NAE_EAOK_eestikeelsed_sunnimeetrikad, lk 86
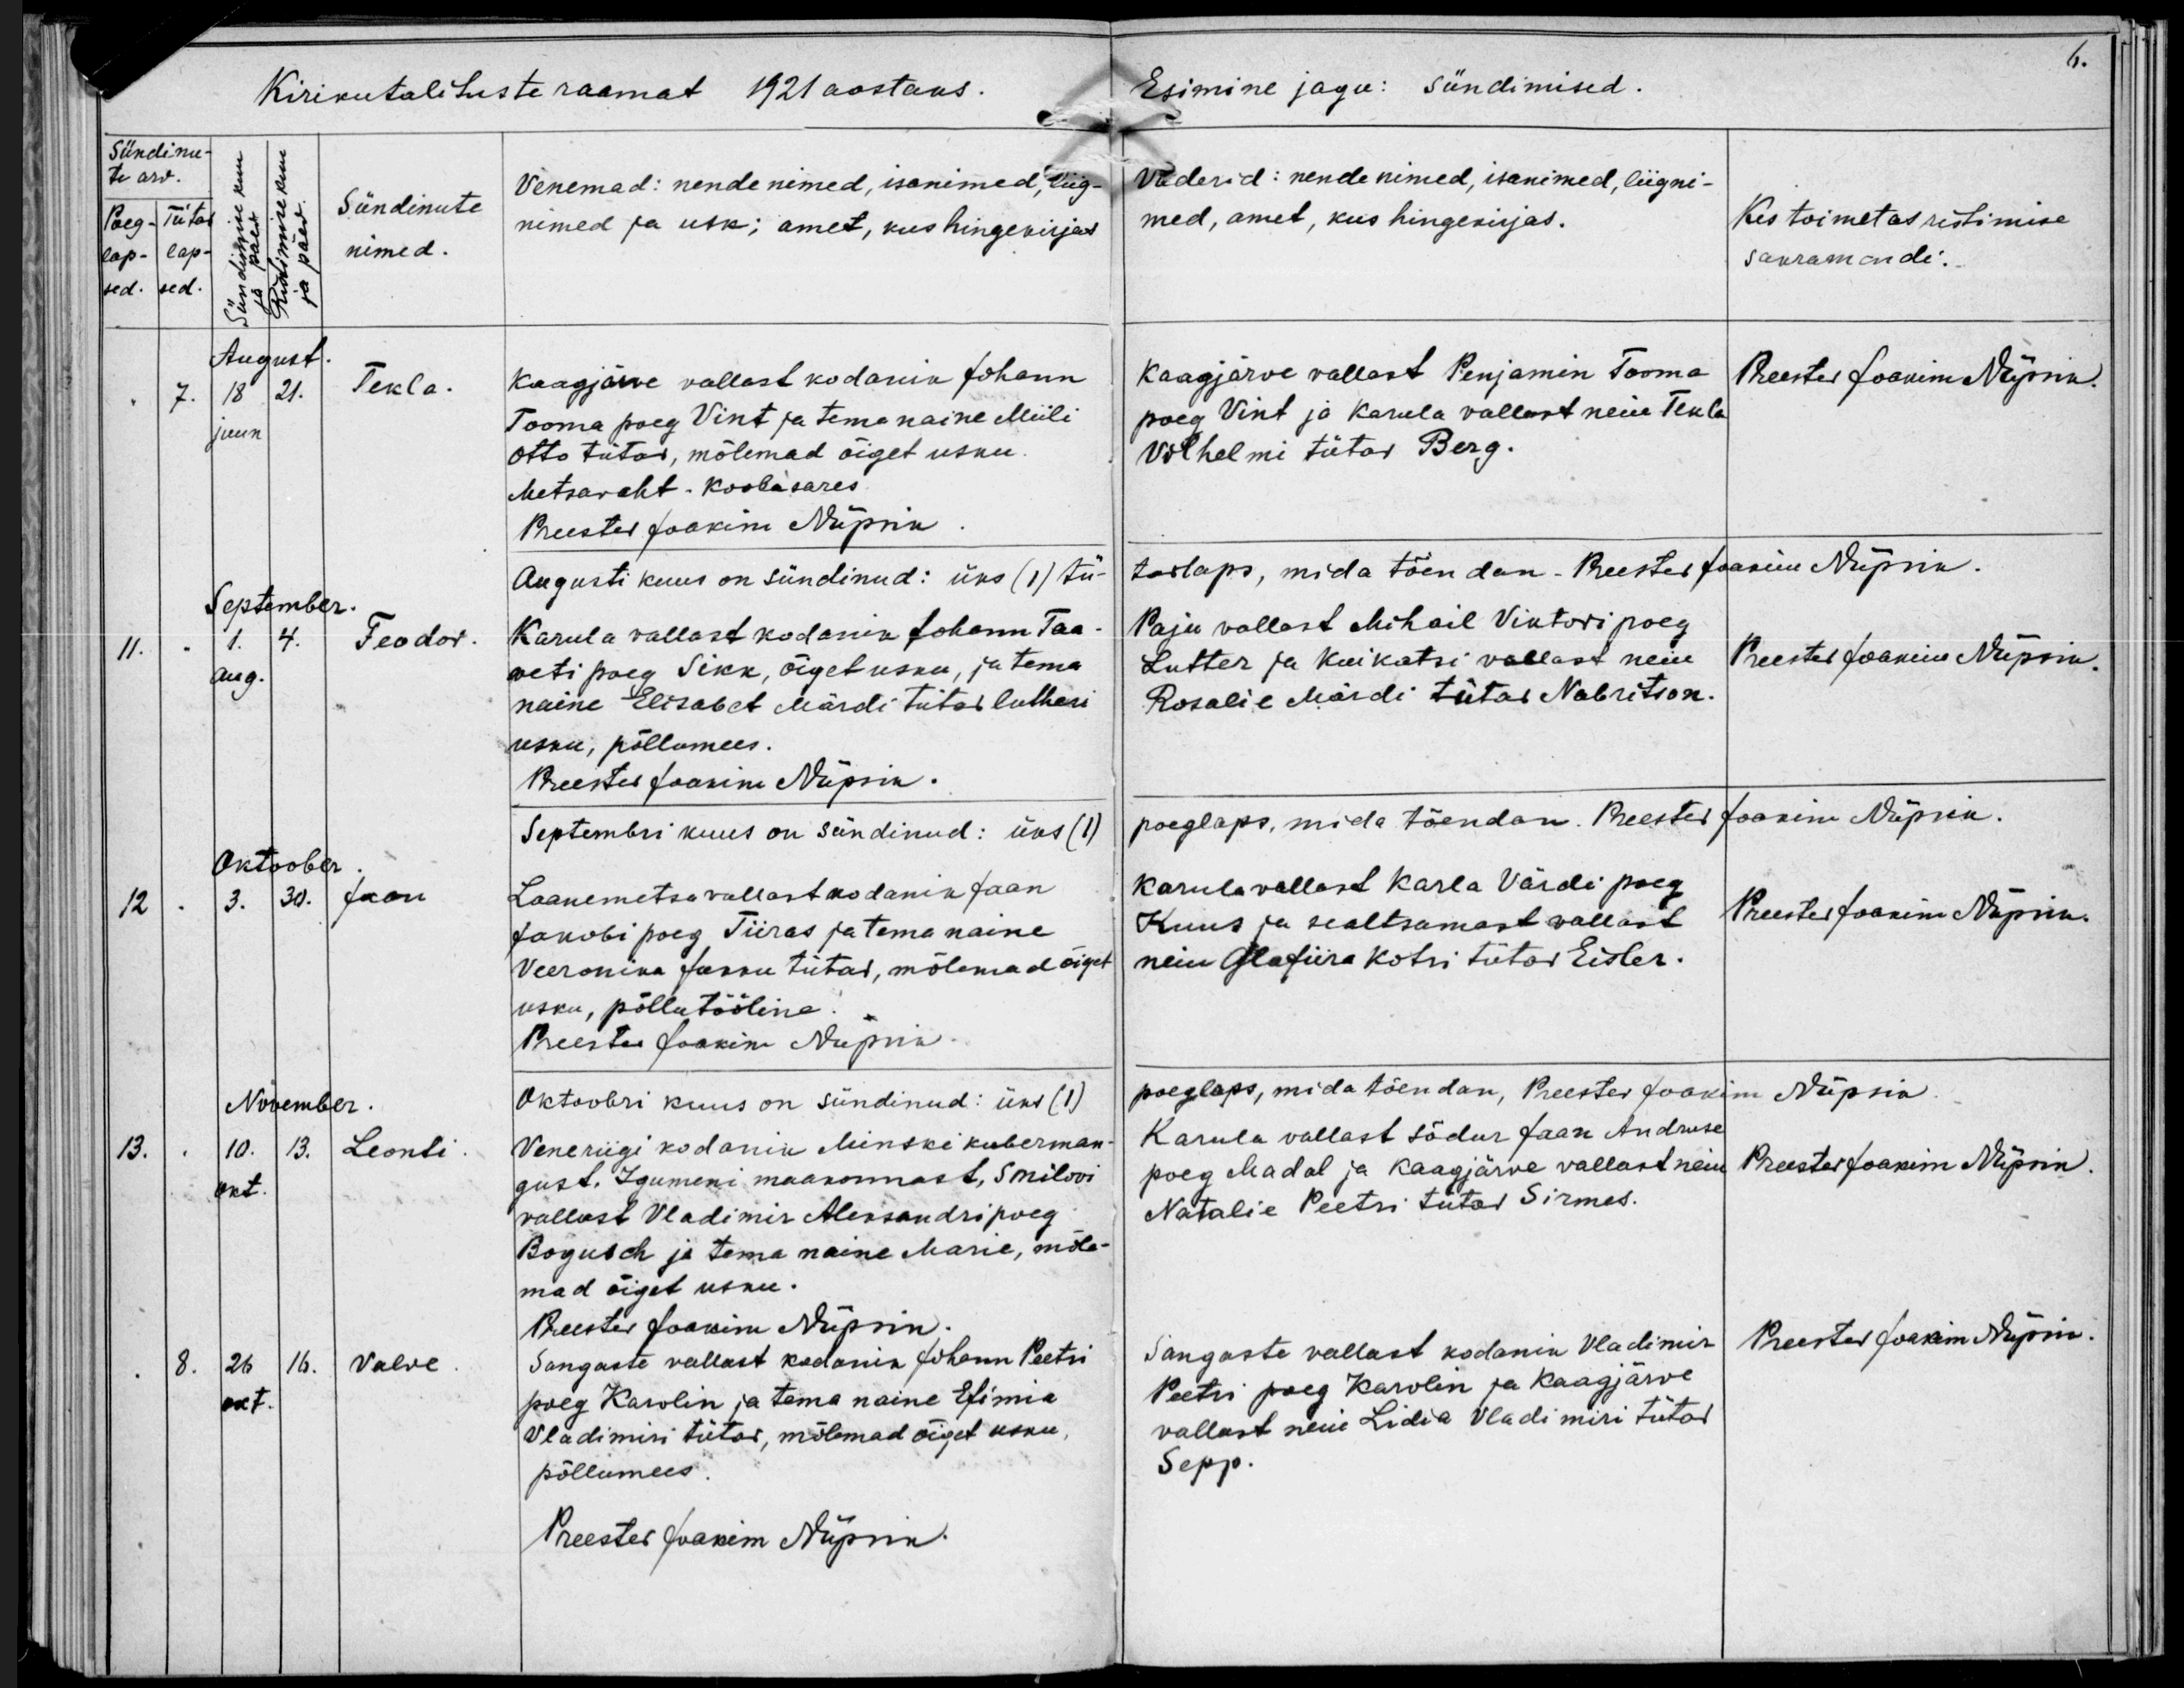
Tekla

Feodor

Jaan

Leondi

Valve

Kaagjärve vallast kodanik Johann
Tooma poeg Vint ja tema naine Miili
Otto tütar, mõlemad õiget usku
Metsavaht Koobasares

Karula vallast kodanik Johann Taa-
weti poeg Sikk, õiget usku, ja tema
naine Elisabet Märdi tütar lutheri
usku, põllumees.

Laanemetsa vallast kodanik Jaan
Jakobi poeg Tiinas ja tema naine
Veeronina Jarru tütar, mõlemad õiget
usku, põllutööline.

Vene riigi kodanik Mintki kuberman-
gust, Igumeni maakonnast, Smilovi
vallast Vladimir Aleksandri poeg
Bogusch ja tema naine Marie, mõle-
mad õiget usku.

Sangaste vallast kodanik Johann Peetri
poeg Karolin ja tema naine Efimia
Vladimiri tütar, mõlemad õiget usku,
põllumees.